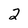
Character: 2